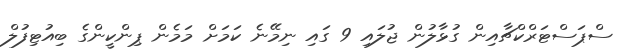
ސްޕަސްޓަރްކްޗާއިން ގުޅާލުން ޖުލައި 9 ގައި ނިމޭނެ ކަމަށް މަމެން ޕިންކީންގެ ބިއުޓިފުލް